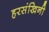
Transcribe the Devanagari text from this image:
हरसंखिनी